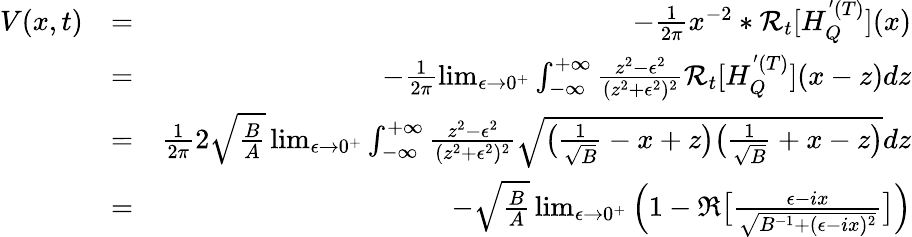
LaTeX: \begin{array}{rlr}{V(x,t)}&{=}&{-\frac{1}{2\pi}x^{-2}*\mathcal{R}_{t}[H_{Q}^{'(T)}](x)}\\ &{=}&{-\frac{1}{2\pi}\operatorname*{lim}_{\epsilon\to 0^{+}}\int_{-\infty}^{+\infty}\frac{z^{2}-\epsilon^{2}}{(z^{2}+\epsilon^{2})^{2}}\mathcal{R}_{t}[H_{Q}^{'(T)}](x-z)dz}\\ &{=}&{\frac{1}{2\pi}2\sqrt{\frac{B}{A}}\operatorname*{lim}_{\epsilon\to 0^{+}}\int_{-\infty}^{+\infty}\frac{z^{2}-\epsilon^{2}}{(z^{2}+\epsilon^{2})^{2}}\sqrt{\big(\frac{1}{\sqrt{B}}-x+z\big)\big(\frac{1}{\sqrt{B}}+x-z\big)}dz}\\ &{=}&{-\sqrt{\frac{B}{A}}\operatorname*{lim}_{\epsilon\to 0^{+}}\Big(1-\Re\big[\frac{\epsilon-ix}{\sqrt{B^{-1}+(\epsilon-ix)^{2}}}\big]\Big)}\end{array}